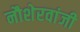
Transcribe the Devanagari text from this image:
नौशेरवांजी